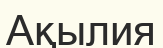
Ақылия